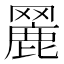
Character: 𦌏